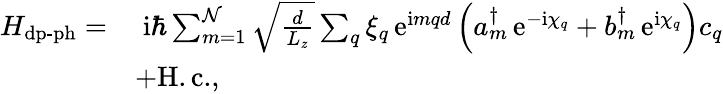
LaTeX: \begin{array}{rl}{H_{\mathrm{dp}\textrm{-}\mathrm{ph}}=}&{\; \mathrm{i}\hbar\sum_{m=1}^{\mathcal{N}}\sqrt{\frac{d}{L_{z}}}\sum_{q}\xi_{q}\, \mathrm{e}^{\mathrm{i}mqd}\left(a_{m}^{\dagger}\, \mathrm{e}^{-\mathrm{i}\chi_{q}}+b_{m}^{\dagger}\, \mathrm{e}^{\mathrm{i}\chi_{q}}\right)c_{q}^{\phantom{\dagger}}}\\ &{+\mathrm{H.c.},}\end{array}